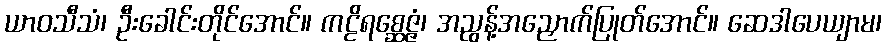
ယာဝသီသံ၊ ဦးခေါင်းတိုင်အောင်။ ကဠိရစ္ဆေဇ္ဇံ၊ အညွန့်အညှောက်ပြုတ်အောင်။ ဆေဒါပေယျာမ၊